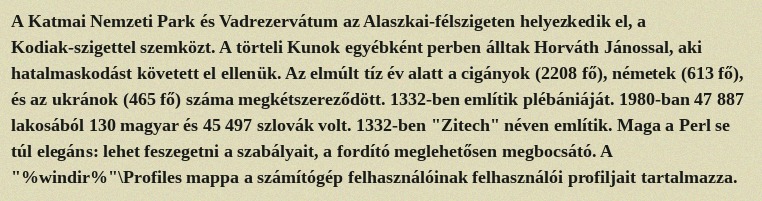
A Katmai Nemzeti Park és Vadrezervátum az Alaszkai-félszigeten helyezkedik el, a Kodiak-szigettel szemközt. A törteli Kunok egyébként perben álltak Horváth Jánossal, aki hatalmaskodást követett el ellenük. Az elmúlt tíz év alatt a cigányok (2208 fő), németek (613 fő), és az ukránok (465 fő) száma megkétszereződött. 1332-ben említik plébániáját. 1980-ban 47 887 lakosából 130 magyar és 45 497 szlovák volt. 1332-ben "Zitech" néven említik. Maga a Perl se túl elegáns: lehet feszegetni a szabályait, a fordító meglehetősen megbocsátó. A "%windir%"\Profiles mappa a számítógép felhasználóinak felhasználói profiljait tartalmazza.